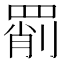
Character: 𦋞